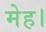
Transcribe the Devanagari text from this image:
मेह।